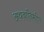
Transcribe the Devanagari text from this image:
अथवानिर्माण